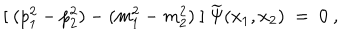
[ \ ( p _ { 1 } ^ { 2 } - p _ { 2 } ^ { 2 } ) - ( m _ { 1 } ^ { 2 } - m _ { 2 } ^ { 2 } ) \ ] \ \widetilde \Psi ( x _ { 1 } , x _ { 2 } ) \ = \ 0 \ ,